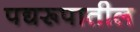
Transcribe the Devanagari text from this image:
पद्यरूपातील